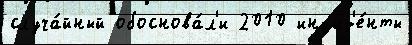
случа́йный обоснова́л'и 2010 инцид'е́нты